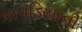
કાપડિયાની